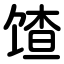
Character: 馇